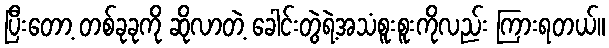
ပြီးတော့ တစ်ခုခုကို ဆိုလာတဲ့ ခေါင်းတွဲရဲ့အသံစူးစူးကိုလည်း ကြားရတယ်။